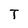
Character: T